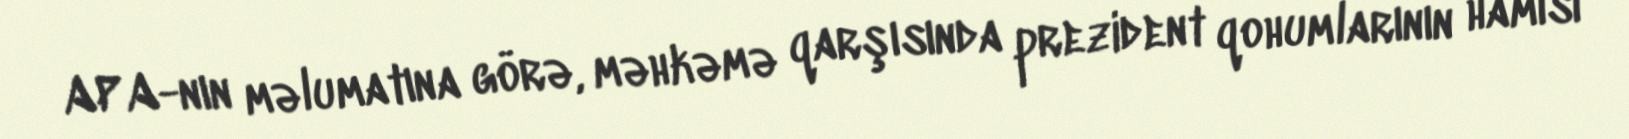
APA-nın məlumatına görə, məhkəmə qarşısında prezident qohumlarının hamısı